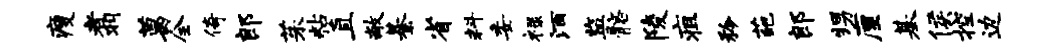
瘦翥葛全倚郎茱粘直敞綦省料委禄酒监髂陵疽矜葩郎甥厘基侯控边